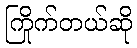
ကြိုက်တယ်ဆို